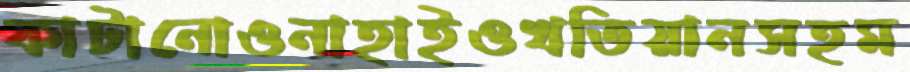
কাটানোওনাহাইওখতিয়ানসহম